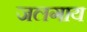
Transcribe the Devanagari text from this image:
जलगाय